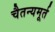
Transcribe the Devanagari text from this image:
चैतन्यमूर्त